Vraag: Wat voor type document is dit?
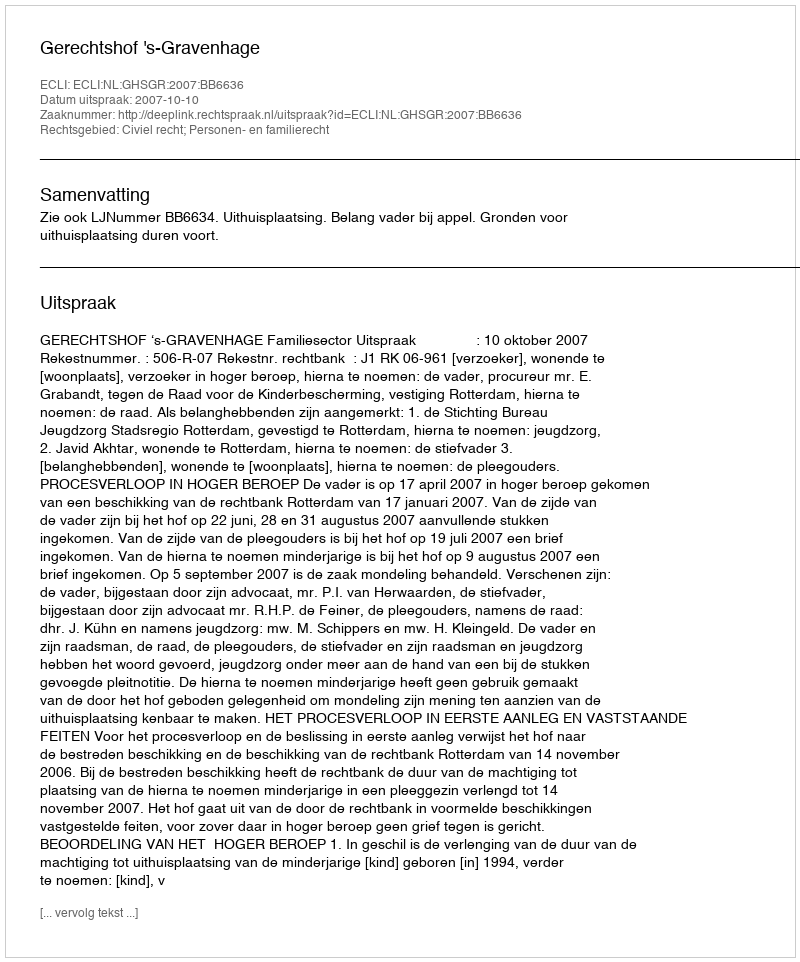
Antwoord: Uitspraak